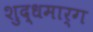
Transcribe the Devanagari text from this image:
शुद्धमार्ग